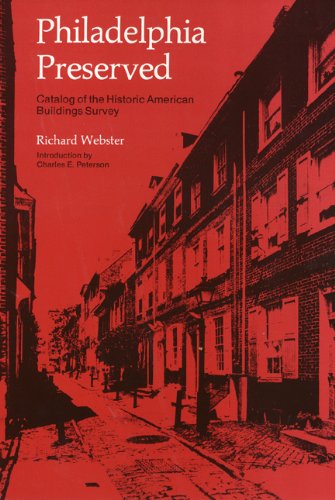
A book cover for Philadelphia Preserved: Catalog of the Historic American Buildings Survey; Richard Webster; Travel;